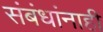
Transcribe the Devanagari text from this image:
संबंधांनाही